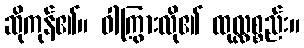
ဆိုကုန်၏။ ဝါကြွားလို၏ ထုလ္လစ္စည်း။